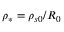
\rho _ { * } = \rho _ { s 0 } / R _ { 0 }